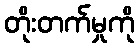
တိုးတက်မှုကို